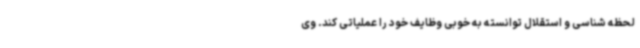
لحظه شناسی و استقلال توانسته به خوبی وظایف خود را عملیاتی کند. وی